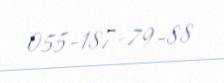
055-187-79-88